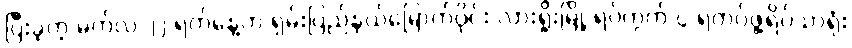
ပြီးခဲ့တဲ့ မတ်လ ၂၂ ရက်နေ့က ရှမ်းပြည်နယ်မြောက်ပိုင်း လားရှိုးမြို့ ရပ်ကွက် ၄ ရဲတပ်ဖွဲ့ရိပ်သာရုံး